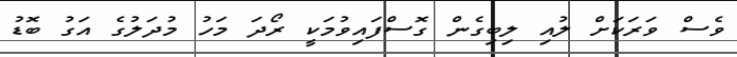
ވެސް ވަރަކަށް ލުއި ލިބިގެން ގޮސްފައިވުމަކީ ރޯދަ މަހުު މުދަލުގެ އަގު ބޮޑު